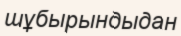
шұбырындыдан